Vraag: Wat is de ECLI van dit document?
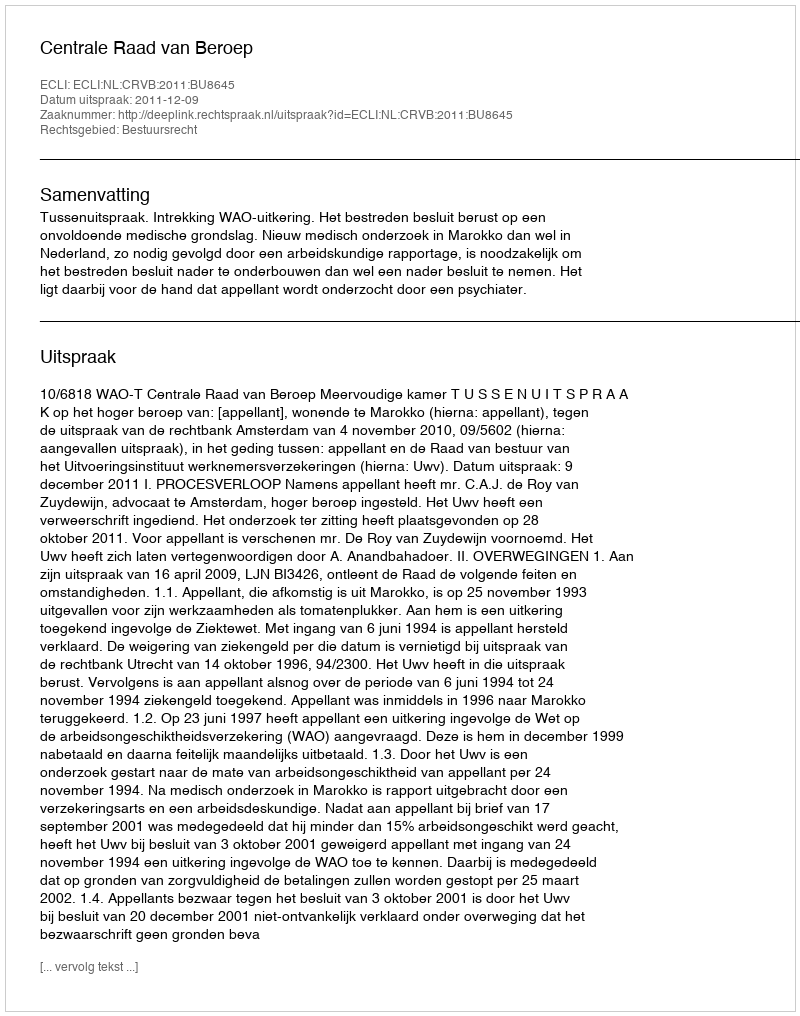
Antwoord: ECLI:NL:CRVB:2011:BU8645